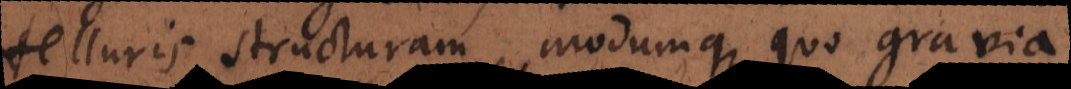
telluris structuram, modumque quo gravia